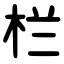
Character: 栏